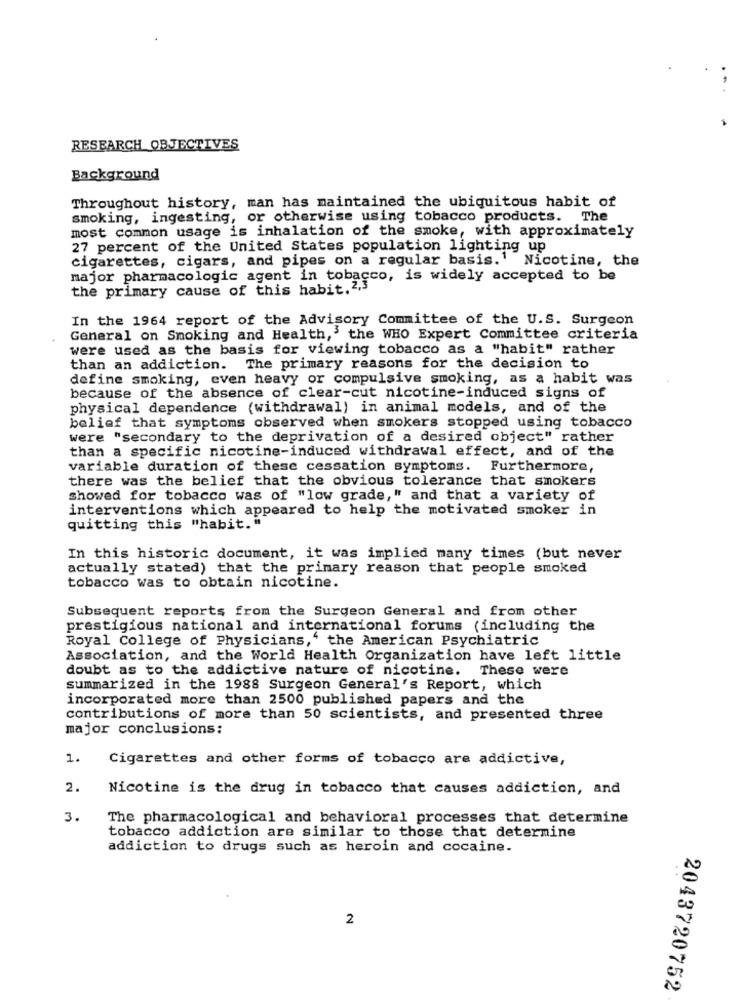
RESEARCH OBJECTIVES
Background
Throughout history, man has maintained the ubiquitous habit of
smoking, ingesting, or otherwise using tobacco products. The
most common usage is inhalation of the smoke, with approximately
27 percent of the United States population lighting up
cigarettes, cigars, and pipes on a regular basis.' Nicotine, the
major pharmacologic agent in tobacco, is widely accepted to be
the primary cause of this habit. 2,3
In the 1964 report of the Advisory Committee of the U.S. Surgeon
General on Smoking and Health,' the WHO Expert Committee criteria
were used as the basis for viewing tobacco as a "habit" rather
than an addiction. The primary reasons for the decision to
define smoking, even heavy or compulsive smoking, as a habit was
because of the absence of clear-cut nicotine-induced signs of
physical dependence (withdrawal) in animal models, and of the
belief that symptoms observed when smokers stopped using tobacco
were "secondary to the deprivation of a desired object" rather
than a specific nicotine-induced withdrawal effect, and of the
variable duration of these cessation symptoms. Furthermore,
there was the belief that the obvious tolerance that smokers
showed for tobacco was of "low grade," and that a variety of
interventions which appeared to help the motivated smoker in
quitting this "habit."
In this historic document, it was implied many times (but never
actually stated) that the primary reason that people smoked
tobacco was to obtain nicotine.
Subsequent reports from the Surgeon General and from other
prestigious national and international forums (including the
Royal College of Physicians,' the American Psychiatric
Association, and the World Health Organization have left little
doubt as to the addictive nature of nicotine. These were
summarized in the 1988 Surgeon General's Report, which
incorporated more than 2500 published papers and the
contributions of more than 50 scientists, and presented three
major conclusions:
1.
Cigarettes and other forms of tobacco are addictive,
2.
Nicotine is the drug in tobacco that causes addiction, and
3.
The pharmacological and behavioral processes that determine
tobacco addiction are similar to those that determine
addiction to drugs such as heroin and cocaine.
2
2043720752